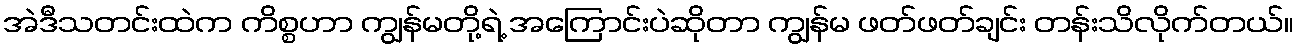
အဲဒီသတင်းထဲက ကိစ္စဟာ ကျွန်မတို့ရဲ့ အကြောင်းပဲဆိုတာ ကျွန်မ ဖတ်ဖတ်ချင်း တန်းသိလိုက်တယ်။